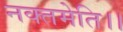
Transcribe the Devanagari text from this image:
नक्तमेति।।